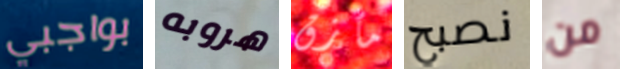
بواجبي هروبه مأزق نصبح من